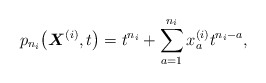
\begin{gather*}p_{n_i}\big({\boldsymbol{X}}^{(i)},t\big)=t^{n_{i}}+ \sum_{a=1}^{n_{i}} x_{a}^{(i)} t^{n_{i}-a},\end{gather*}